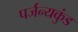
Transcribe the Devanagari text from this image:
पर्जन्यकुंड